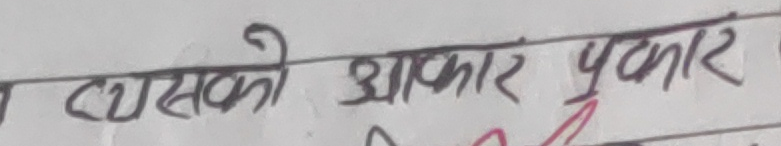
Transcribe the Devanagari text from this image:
त्यसको आकार प्रकार